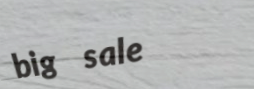
big sale